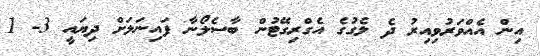
އިން އެއްވަރުވިއިރު ދެ ލެގުގެ އެގްރިގޭޓުން ބާސެލޯނާ ފައިނަލަށް ދިޔައީ 3- 1